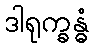
ဒါရုက္ခန္ဓံ